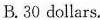
B. 30 dollars.